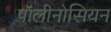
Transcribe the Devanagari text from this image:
पॉलीनोसियन